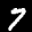
Label: 7